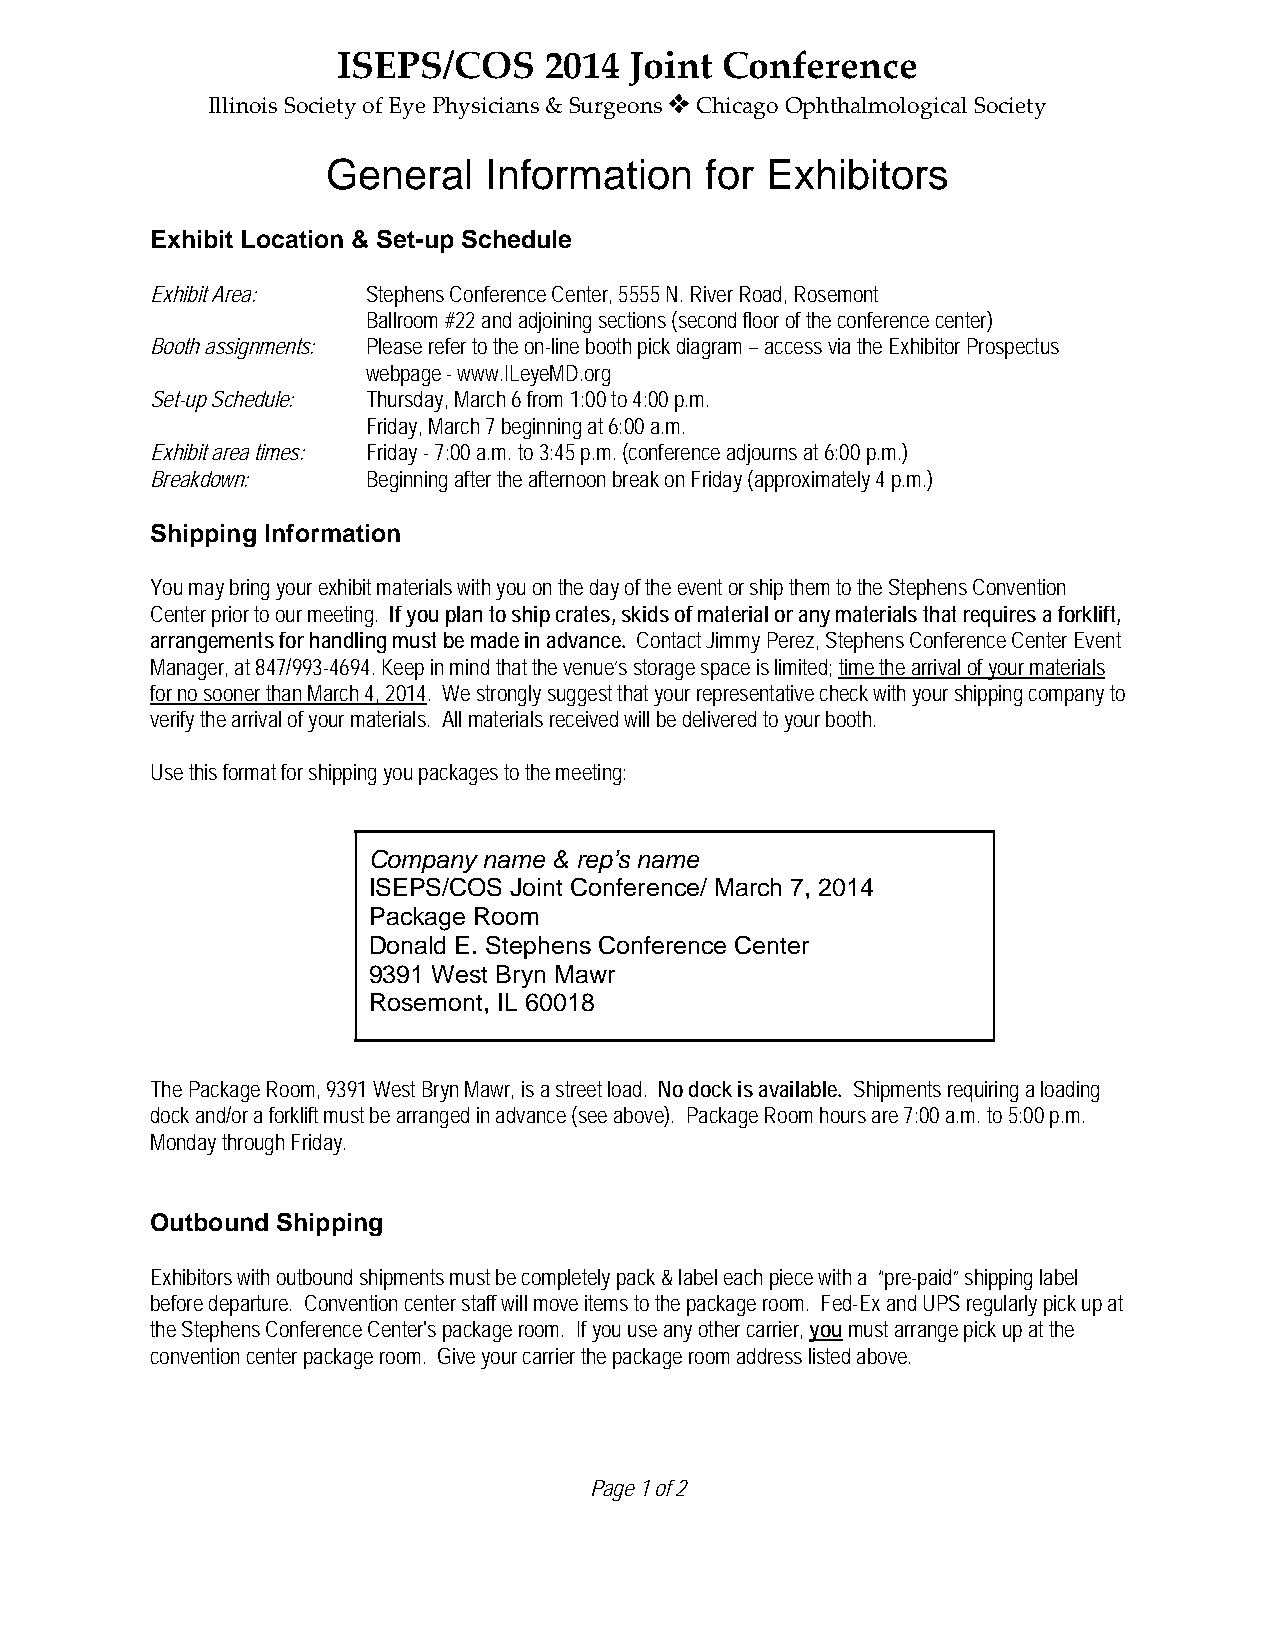
ISEPS/COS     2014  Joint Conference
 Illinois Society of Eye Physicians & Surgeons ˜ Chicago Ophthalmological Society
 General   Information    for Exhibitors
 Exhibit Location & Set-up Schedule
 Exhibit Area: Stephens Conference Center, 5555 N. River Road, Rosemont
 Ballroom #22 and adjoining sections (second floor of the conference center)
 Booth assignments: Please refer to the on-line booth pick diagram – access via the Exhibitor Prospectus
 webpage - www.ILeyeMD.org
 Set-up Schedule: Thursday, March 6 from 1:00 to 4:00 p.m.
 Friday, March 7 beginning at 6:00 a.m.
 Exhibit area times: Friday - 7:00 a.m. to 3:45 p.m. (conference adjourns at 6:00 p.m.)
 Breakdown:    Beginning after the afternoon break on Friday (approximately 4 p.m.)
 Shipping Information
 You may bring your exhibit materials with you on the day of the event or ship them to the Stephens Convention
 Center prior to our meeting. If you plan to ship crates, skids of material or any materials that requires a forklift,
 arrangements for handling must be made in advance. Contact Jimmy Perez, Stephens Conference Center Event
 Manager, at 847/993-4694. Keep in mind that the venue’s storage space is limited; time the arrival of your materials
 for no sooner than March 4, 2014. We strongly suggest that your representative check with your shipping company to
 verify the arrival of your materials. All materials received will be delivered to your booth.
 Use this format for shipping you packages to the meeting:
 Company name & rep’s name
 ISEPS/COS Joint Conference/ March 7, 2014
 Package Room
 Donald E. Stephens Conference Center
 9391 West Bryn Mawr
 Rosemont, IL 60018
 The Package Room, 9391 West Bryn Mawr, is a street load. No dock is available. Shipments requiring a loading
 dock and/or a forklift must be arranged in advance (see above). Package Room hours are 7:00 a.m. to 5:00 p.m.
 Monday through Friday.
 Outbound Shipping
 Exhibitors with outbound shipments must be completely pack & label each piece with a “pre-paid” shipping label
 before departure. Convention center staff will move items to the package room. Fed-Ex and UPS regularly pick up at
 the Stephens Conference Center's package room. If you use any other carrier, you must arrange pick up at the
 convention center package room. Give your carrier the package room address listed above.
 Page 1 of 2